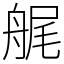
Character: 艉